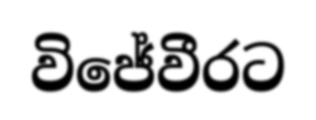
විජේවීරට